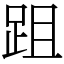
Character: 跙